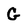
Character: G